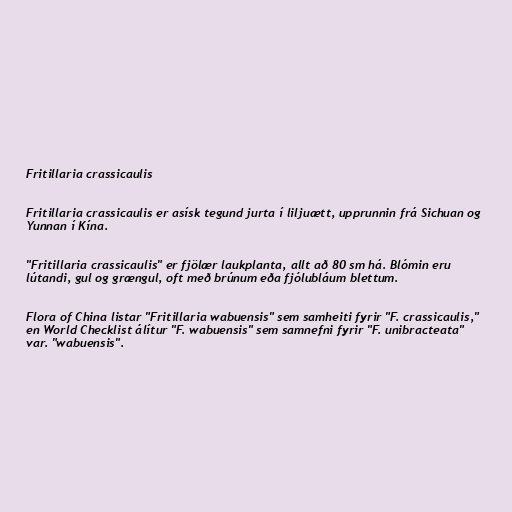
Fritillaria crassicaulis

Fritillaria crassicaulis er asísk tegund jurta í liljuætt, upprunnin frá Sichuan og
Yunnan í Kína.

"Fritillaria crassicaulis" er fjölær laukplanta, allt að 80 sm há. Blómin eru
lútandi, gul og grængul, oft með brúnum eða fjólubláum blettum.

Flora of China listar "Fritillaria wabuensis" sem samheiti fyrir "F. crassicaulis,"
en World Checklist álítur "F. wabuensis" sem samnefni fyrir "F. unibracteata"
var. "wabuensis".